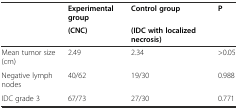
| <ROWSPAN=2>  | Experimental group | Control group | <ROWSPAN=2> P |
 | (CNC) | (IDC with localized necrosis) |
 | --- | --- | --- | --- |
 | Mean tumor size (cm) | 2.49 | 2.34 | >0.05 |
 | Negative lymph nodes | 40/62 | 19/30 | 0.988 |
 | IDC grade 3 | 67/73 | 27/30 | 0.771 |